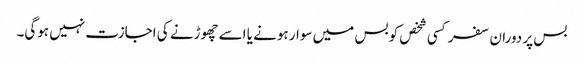
بس پر دوران سفر کسی شخص کو بس میں سوار ہونے یا اسے چھوڑنے کی اجازت نہیں ہوگی۔